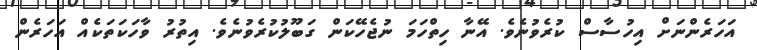
އަހަރެންނަށް އިހުސާސް ކުރެވުނެވެ. އޭނާ ހިތްހަމަ ނުޖެހޭކަން ގަބޫލުކުރެވުނެވެ. އިތުރު ވާހަކަތަކެއް އަހަރެން